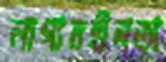
লাগামহীনতা